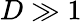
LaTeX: D\gg 1